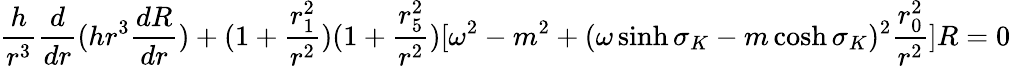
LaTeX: \frac{h}{r^{3}}\frac{d}{dr}(hr^{3}\frac{dR}{dr})+(1+\frac{r_{1}^{2}}{r^{2}})(1+\frac{r_{5}^{2}}{r^{2}})[\omega^{2}-m^{2}+(\omega\sinh\sigma_{K}-m\cosh\sigma_{K})^{2}\frac{r_{0}^{2}}{r^{2}}]R=0